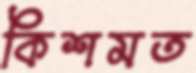
কিশমত